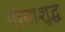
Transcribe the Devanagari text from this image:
पायाशुद्ध